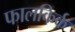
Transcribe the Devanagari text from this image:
फालकिर्क